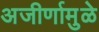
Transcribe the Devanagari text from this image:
अजीर्णामुळे